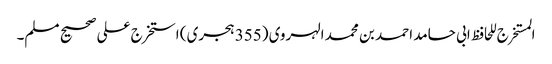
المستخرج للحافظ ابی حامد احمد بن محمد الہروی (355 ہجری) استخرج علی صحیح مسلم۔